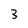
Character: 3